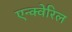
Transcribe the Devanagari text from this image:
एन्क्वेरिल